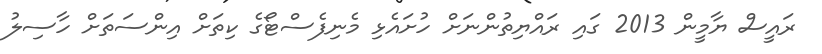
ރައީސް ޔާމީން 2013 ގައި ރައްޔިތުންނަށް ހުށައެޅި މެނިފެސްޓޯގެ ކިތަށް އިންސަތަށް ހާސިލު